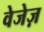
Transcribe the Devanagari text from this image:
वेजेज़